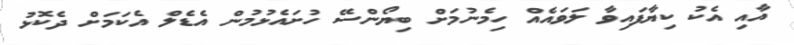
އާއި އެކު ކިޔާފައިވާ ލަވައެއް ހިމެނުމަށް ބިޔޯންސޭ ހުށައެޅުމުން އެޑެލް އެކަމަށް ދެކޮޅު